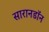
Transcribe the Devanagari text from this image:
सारानडॉन